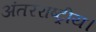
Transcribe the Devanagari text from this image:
अंतरराष्ट्रीय।